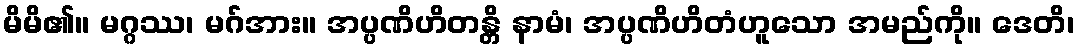
မိမိ၏။ မဂ္ဂဿ၊ မဂ်အား။ အပ္ပဏိဟိတန္တိ နာမံ၊ အပ္ပဏိဟိတံဟူသော အမည်ကို။ ဒေတိ၊